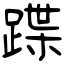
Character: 蹀